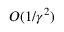
O ( 1 / \gamma ^ { 2 } )